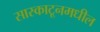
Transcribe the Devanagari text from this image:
सास्काटूनमधील